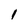
Character: 1